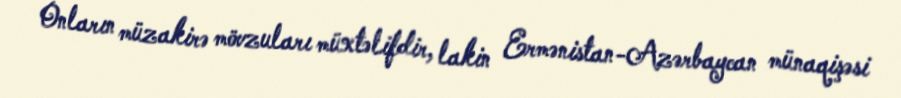
Onların müzakirə mövzuları müxtəlifdir, lakin Ermənistan-Azərbaycan münaqişəsi